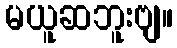
မယူဆဘူးဗျ။